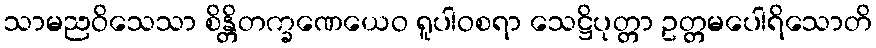
သာမညဝိသေသာ စိန္တိတက္ခဏေယေဝ ရူပါဝစရာ သေဋ္ဌိပုတ္တာ ဥတ္တမပေါရိသောတိ